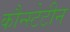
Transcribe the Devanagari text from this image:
कौन्स्टेटीन